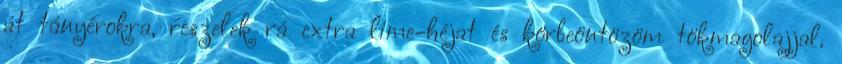
át tányérokra, reszelek rá extra lime-héjat és körbeöntözöm tökmagolajjal.